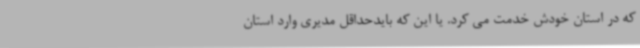
که در استان خودش خدمت می کرد. یا این که بایدحداقل مدیری وارد استان